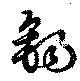
錫